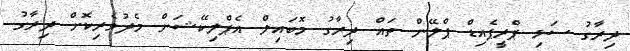
ދިރާގު ސަޅި ޕްރީޕެއިޑް ޕްލޭން ތައް ދިރާގު މޮބައިލް އެޕްލިކޭޝަން މެދުވެރިކޮށް ދިރާގު